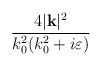
\begin{align*}\frac{4|\mathbf{k}|^{2}}{k^{2}_{0}(k^{2}_{0}+i\varepsilon )}\end{align*}